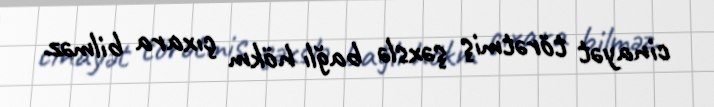
cinayət törətmiş şəxslə bağlı hökm çıxara bilməz.